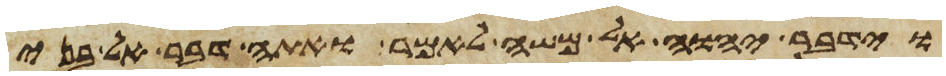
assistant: וידבר יהוה אל משה לאמר ואתה דבר אל בני